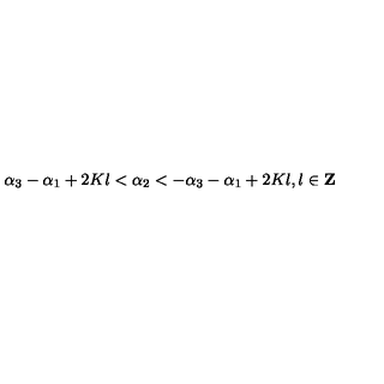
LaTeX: \alpha _ { 3 } - \alpha _ { 1 } + 2 K l < \alpha _ { 2 } < - \alpha _ { 3 } - \alpha _ { 1 } + 2 K l , l \in { \bf Z }